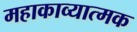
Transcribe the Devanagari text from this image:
महाकाव्‍यात्‍मक